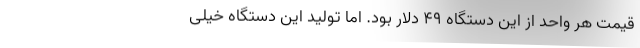
قیمت هر واحد از این دستگاه ۴۹ دلار بود. اما تولید این دستگاه خیلی